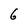
Character: G